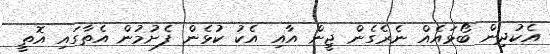
އެކުދިން ބޯޅައެއް ނެރެގެން ޖީން އާއި އެކު ކުޅެން ފެށުމުން އެތާގައި އޮތީ